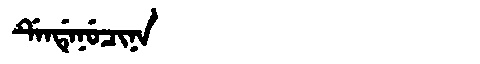
Manchu: ᡩᡝᠨᡩᡝᠨᡠᠴᡳᠨᠠ
Romanization: DENDENUCINA